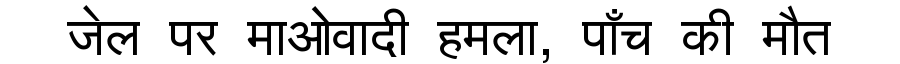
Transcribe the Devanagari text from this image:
जेल पर माओवादी हमला, पाँच की मौत